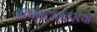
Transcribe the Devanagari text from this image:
आर्यभटानंतरच्या